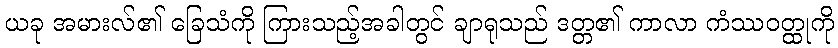
ယခု အမားလ်၏ ခြေသံကို ကြားသည့်အခါတွင် ချာရုသည် ဒတ္တ၏ ကာလာ ကံဿဝတ္ထုကို